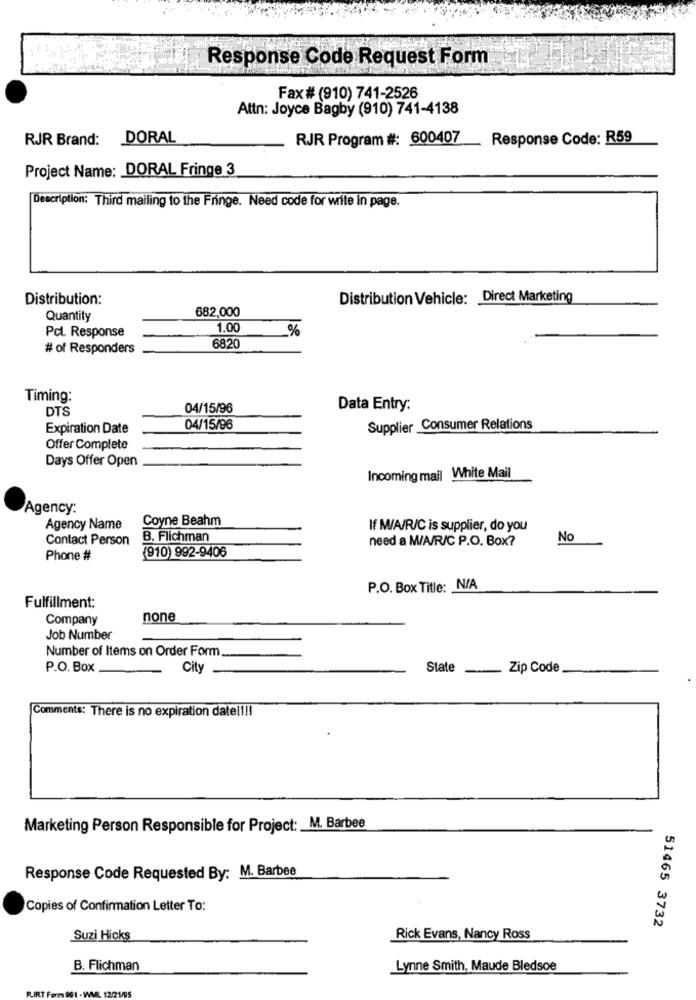
Response Code Request Form
Fax # (910) 741-2526
Attn: Joyce Bagby (910) 741-4138
RJR Brand: DORAL
RJR Program #: 600407
Response Code: R59
Project Name: DORAL Fringe 3
Description: Third mailing to the Fringe. Need code for write in page.
Distribution:
Distribution Vehicle: Direct Marketing
682,000
Quantity
Pcl. Response
1.00
%
# of Responders
6820
Timing:
DTS
04/15/96
Data Entry:
Expiration Date
04/15/96
Supplier Consumer Relations
Offer Complete
Days Offer Open
Incoming mail White Mail
Agency:
Coyne Beahm
Agency Name
If M/A/R/C is supplier, do you
Contact Person
B. Flichman
need a M/A/R/C P.O. Box?
No
(910) 992-9406
Phone #
P.O. Box Title: N/A
Fulfillment:
Company
none
Job Number
Number of Items on Order Form
P.O. Box
City
State _ Zip Code
Comments: There is no expiration date !!!!
Marketing Person Responsible for Project: M. Barbee
Response Code Requested By: M. Barbee
Copies of Confirmation Letter To:
51465 3732
Suzi Hicks
Rick Evans, Nancy Ross
B. Flichman
Lynne Smith, Maude Bledsoe
RIRTE